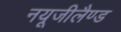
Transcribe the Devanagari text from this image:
नयूजीलैण्ड